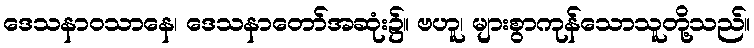
ဒေသနာဝသာနေ၊ ဒေသနာတော်အဆုံး၌။ ဗဟူ၊ များစွာကုန်သောသူတို့သည်။